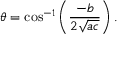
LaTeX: \theta = \cos ^ { - 1 } \left( { \frac { - b } { 2 { \sqrt { a c } } } } \right) .